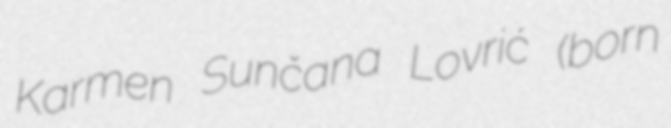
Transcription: Karmen Sunčana Lovrić (born